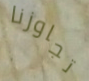
تجاوزنا